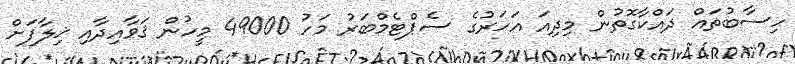
ހިސާބުތައް ދައްކާގޮތުން މިދިއަ އަހަރުގެ ސެޕްޓެމްބަރު މަހު 49000 މީހުން ޤަވާއިދާއި ޚިލާފަށް